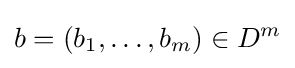
b=(b_{1},\ldots ,b_{m})\in D^{m}